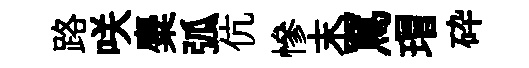
路咲麋弧伉慘末罵瑁砕